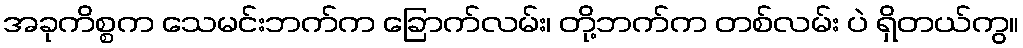
အခုကိစ္စက သေမင်းဘက်က ခြောက်လမ်း၊ တို့ဘက်က တစ်လမ်း ပဲ ရှိတယ်ကွ။